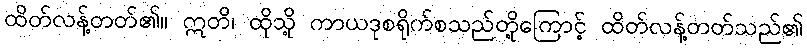
ထိတ်လန့်တတ်၏။ ဣတိ၊ ထိုသို့ ကာယဒုစရိုက်စသည်တို့ကြောင့် ထိတ်လန့်တတ်သည်၏